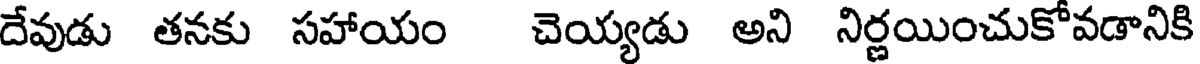
దేవుడు తనకు సహాయం చెయ్యడు అని నిర్ణయించుకో వడానికి